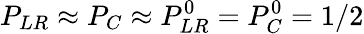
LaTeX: P_{LR}\approx P_{C}\approx P_{LR}^{0}=P_{C}^{0}=1/2